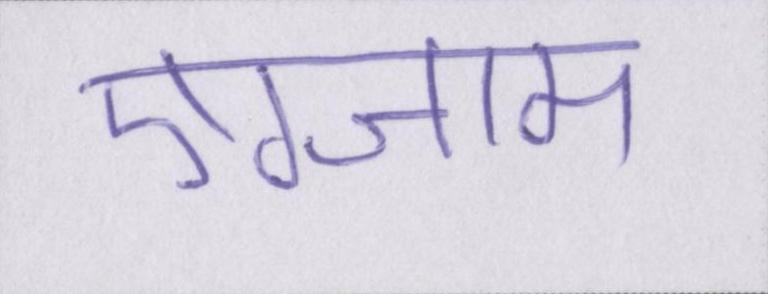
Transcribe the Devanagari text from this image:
एग्जाम